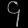
Digit: ၄